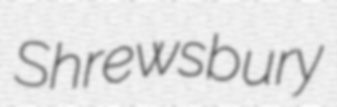
Shrewsbury